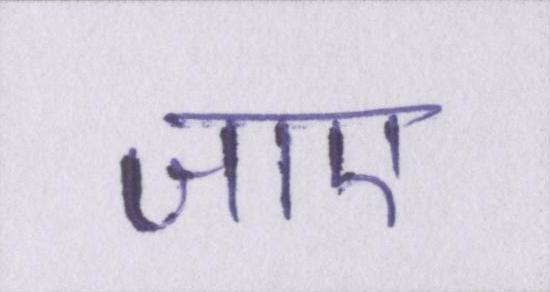
जाए